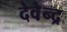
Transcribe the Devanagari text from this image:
देवेेन्द्र